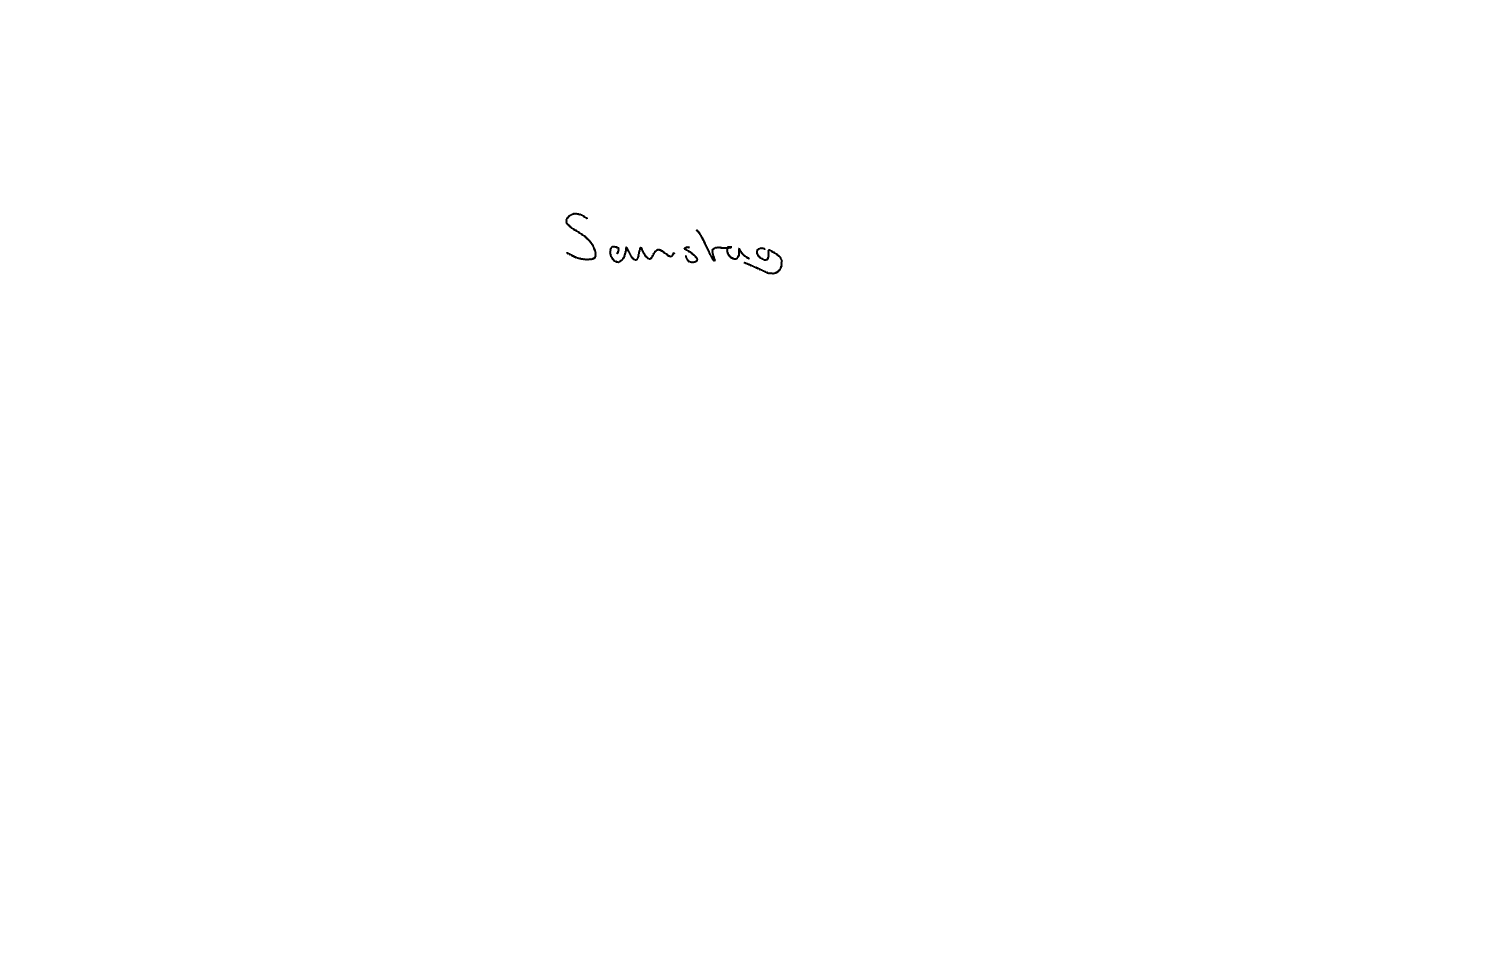
Text: Samstag